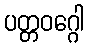
ပတ္တဝဂ္ဂေါ